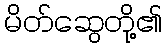
မိတ်ဆွေတို့၏